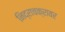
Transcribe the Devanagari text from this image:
निद्राचक्रावर